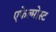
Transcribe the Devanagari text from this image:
एफेल्मोस्ट